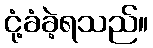
ငုံ့ခံခဲ့ရသည်။